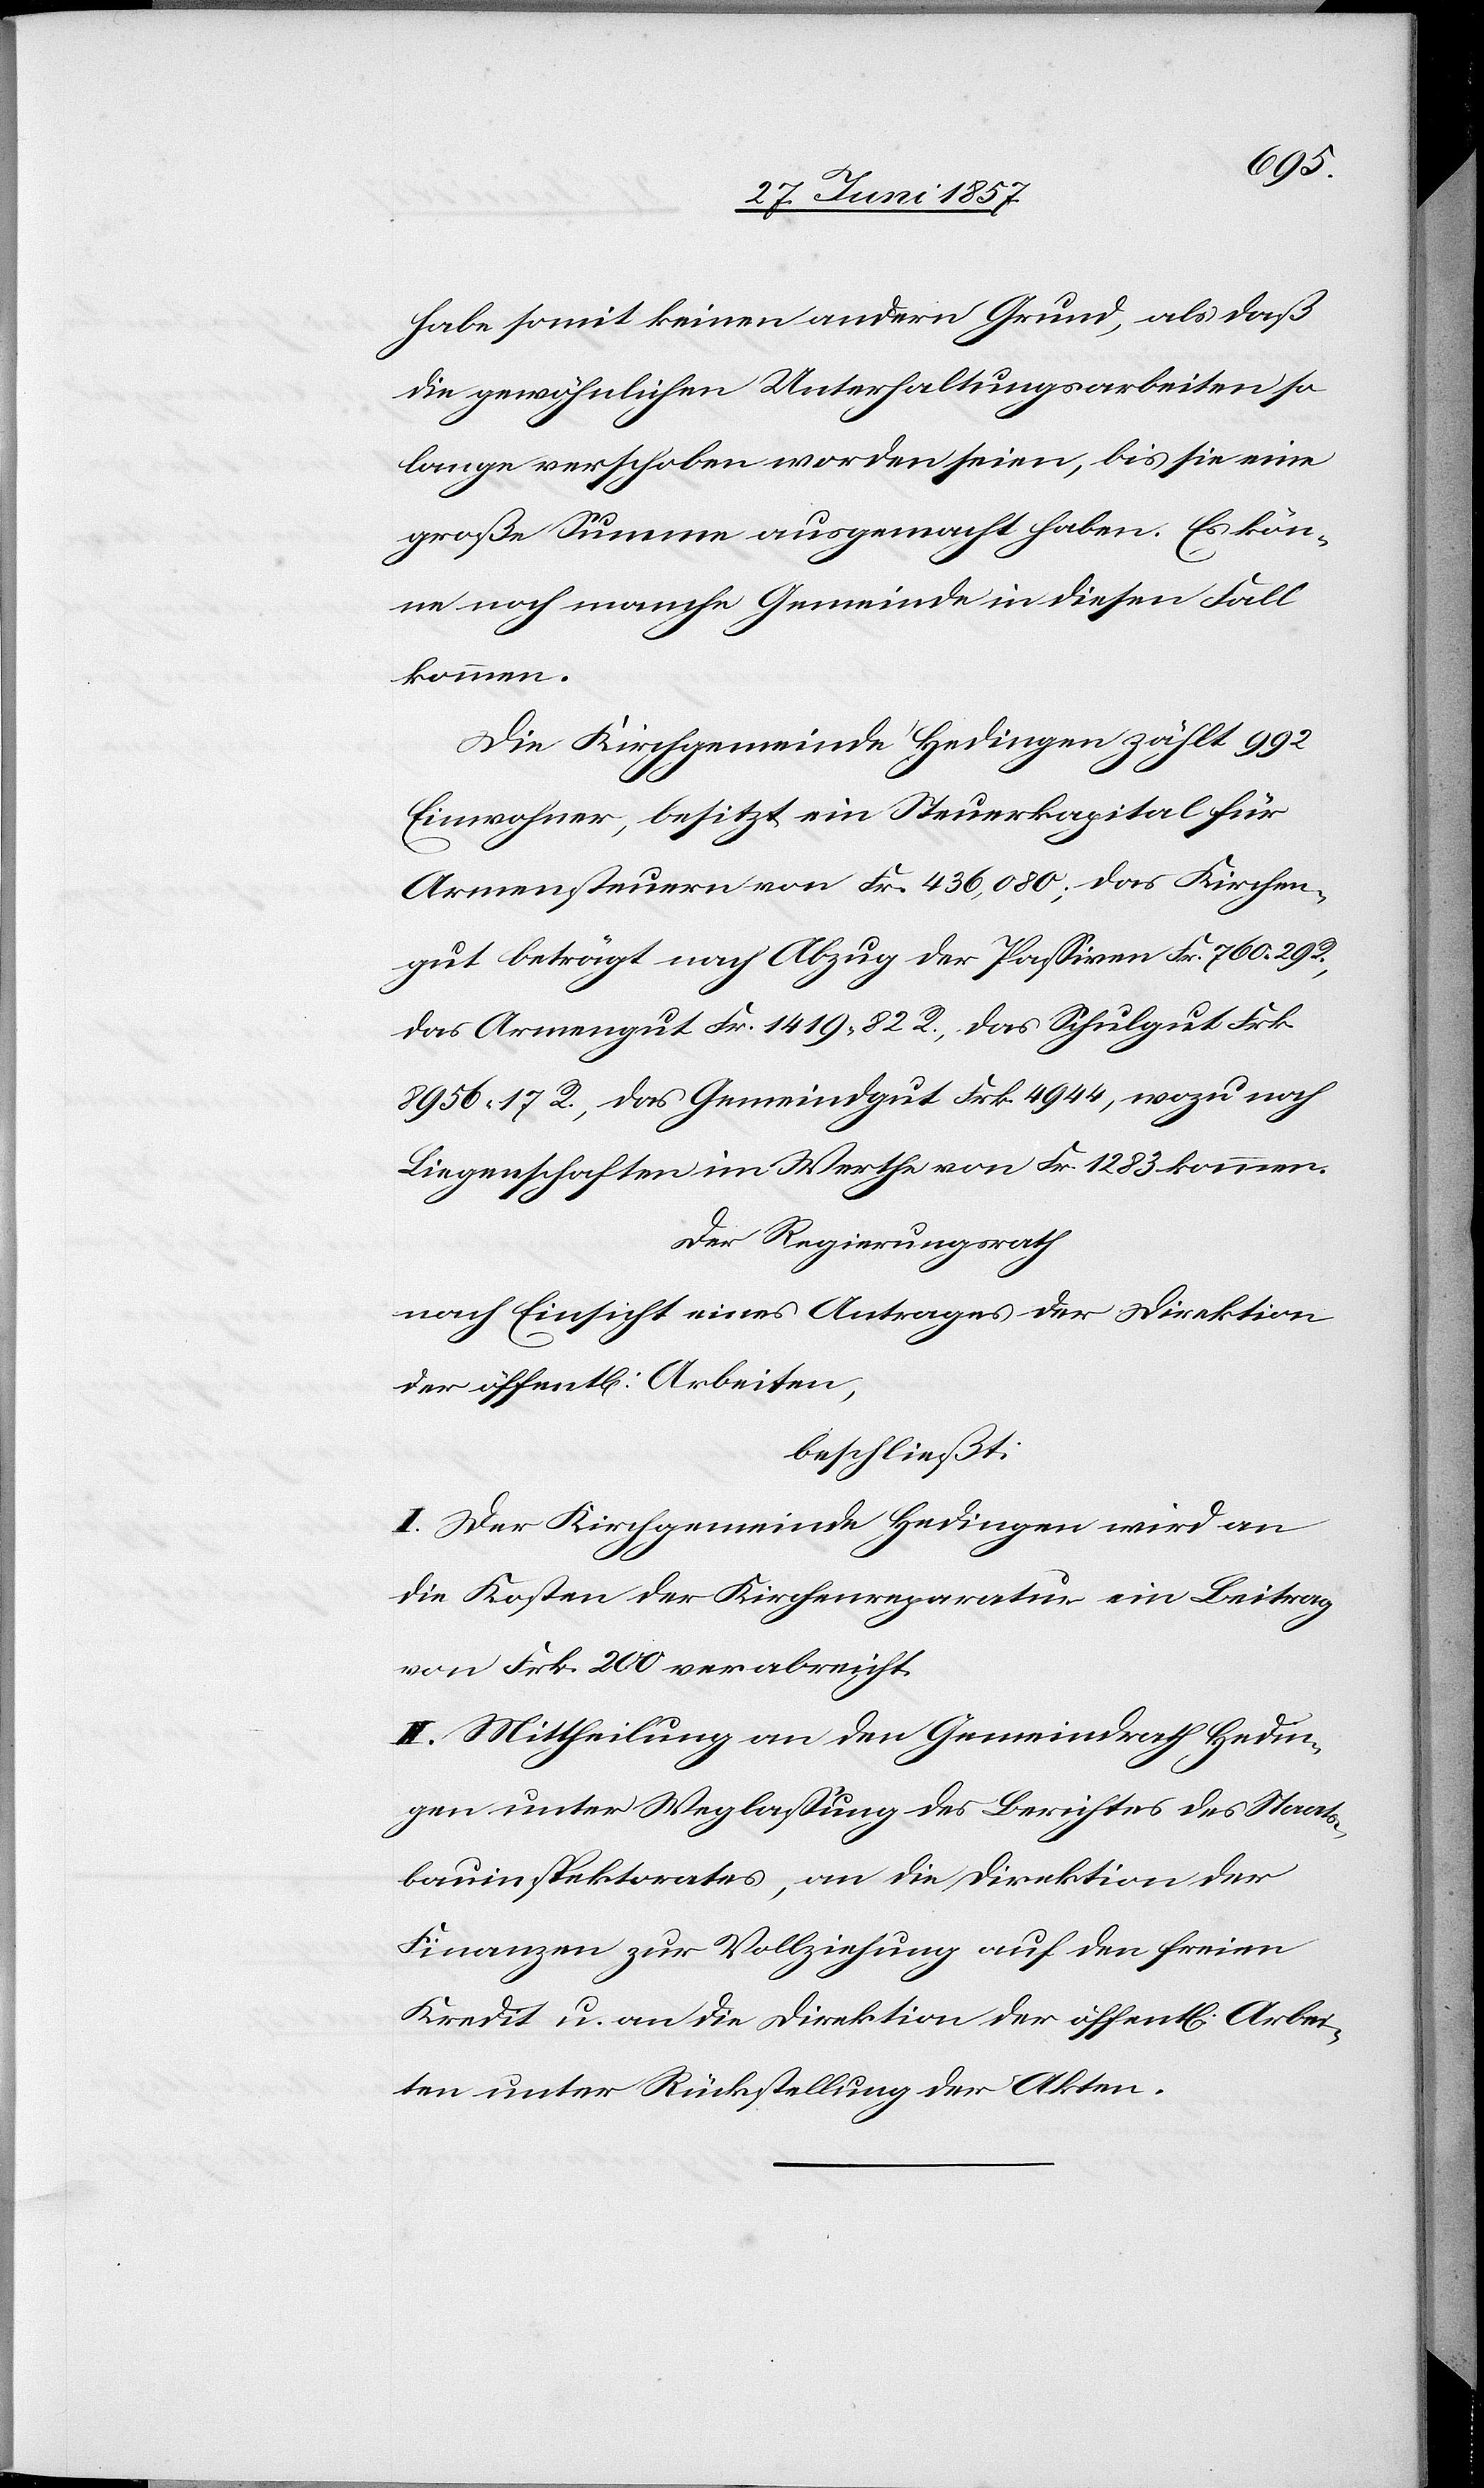
habe somit keinen andern Grund, als daß
die gewöhnlichen Unterhaltungsarbeiten so
lange verschoben worden seien, bis sie eine
große Summe ausgemacht haben. Es kön¬
ne noch manche Gemeinde in diesen Fall
kommen.
Die Kirchgemeinde Hedingen zählt 992
Einwohner, besitzt ein Steuerkapital für
Armensteuern von Frk. 436,080; das Kirchen¬
gut beträgt nach Abzug der Passiven Frk. 760. 29 R.,
das Armengut Fr. 1 419. 82 R., das Schulgut Frk.
8 956. 17 R., das Gemeindgut Frk. 4 944, wozu noch
Liegenschaften im Werthe von Fr. 1 283 kommen.
Der Regierungsrath
nach Einsicht eines Antrages der Direktion
der öffentl. Arbeiten,
beschließt:
I. Der Kirchgemeinde Hedingen wird an
die Kosten der Kirchenreparatur ein Beitrag
von Frk. 200 verabreicht.
II. Mittheilung an den Gemeindrath Hedin¬
gen unter Weglassung des Berichtes des Staats¬
bauinspektorates, an die Direktion der
Finanzen zur Vollziehung auf den freien
Kredit u. an die Direktion der öffentl. Arbei¬
ten unter Rückstellung der Akten.